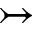
\rightarrowtail